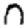
Digit: 0